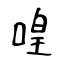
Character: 喤